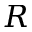
R